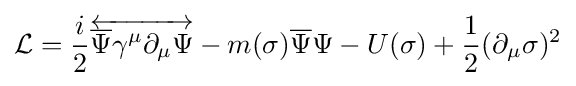
{\mathcal {L}}={\frac {i}{2}}{\overleftrightarrow {{\overline {\Psi }}\gamma ^{\mu }\partial _{\mu }\Psi }}-m(\sigma ){\overline {\Psi }}\Psi -U(\sigma )+{\frac {1}{2}}(\partial _{\mu }\sigma )^{2}